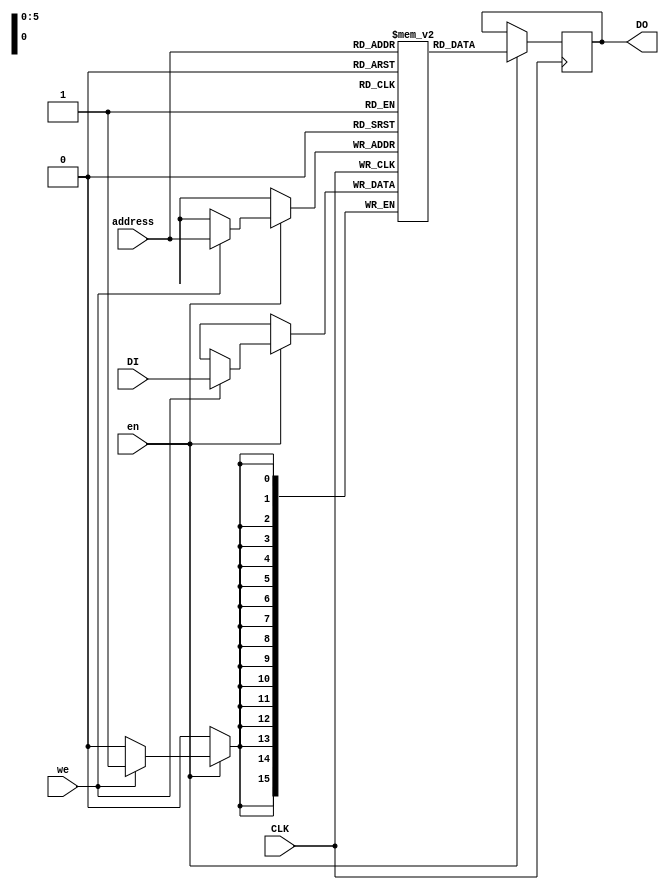
module singlePort_RAM_ReadFirstMode(
    input CLK,
    input en,
    input we,
    input [5:0] address,
    input [15:0] DI,
    output [15:0] DO
    );

	 reg [15:0] RAM [63:0];
	 reg [15:0] DO;
	 
	 always @ (posedge CLK) begin
		if (en) begin
			if (we)
				RAM [address] <= DI;
			DO <= RAM[address]; //DO --> previous RAM[address] (first read from memmory then write new data)
		end
	 end

endmodule